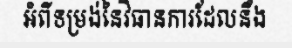
អំពីទម្រង់នៃវិធានការដែលនឹង